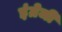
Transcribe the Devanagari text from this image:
इंग्रेजी